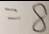
= 8